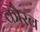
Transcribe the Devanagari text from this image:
कौरब